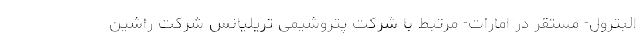
البترول- مستقر در امارات- مرتبط با شرکت پتروشیمی تریلیانس شرکت راشین